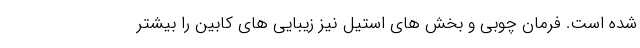
شده است. فرمان چوبی و بخش های استیل نیز زیبایی های کابین را بیشتر